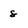
Character: 8